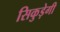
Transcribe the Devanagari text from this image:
सिकुड़ेगी